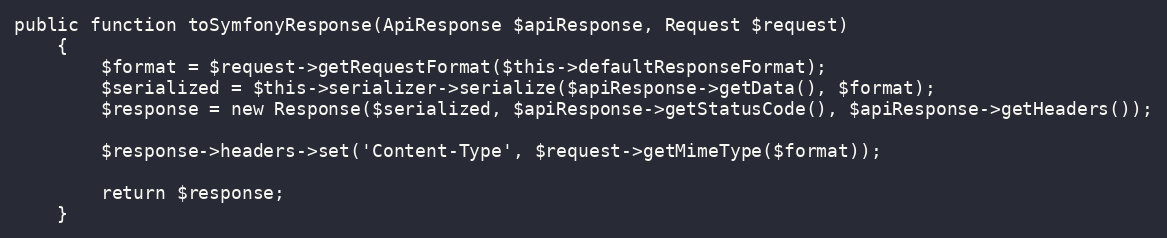
Language: PHP
public function toSymfonyResponse(ApiResponse $apiResponse, Request $request)
    {
        $format = $request->getRequestFormat($this->defaultResponseFormat);
        $serialized = $this->serializer->serialize($apiResponse->getData(), $format);
        $response = new Response($serialized, $apiResponse->getStatusCode(), $apiResponse->getHeaders());

        $response->headers->set('Content-Type', $request->getMimeType($format));

        return $response;
    }